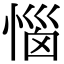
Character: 惱